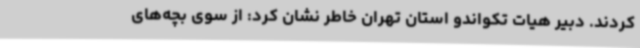
کردند. دبیر هیات تکواندو استان تهران خاطر نشان کرد: از سوی بچه‌های